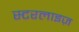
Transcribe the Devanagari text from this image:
स्टरलाइज़